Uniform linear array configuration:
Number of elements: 24
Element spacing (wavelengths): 1
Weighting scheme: uniform
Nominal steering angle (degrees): -60
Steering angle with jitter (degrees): -58.04
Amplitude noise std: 0.05
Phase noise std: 0.05

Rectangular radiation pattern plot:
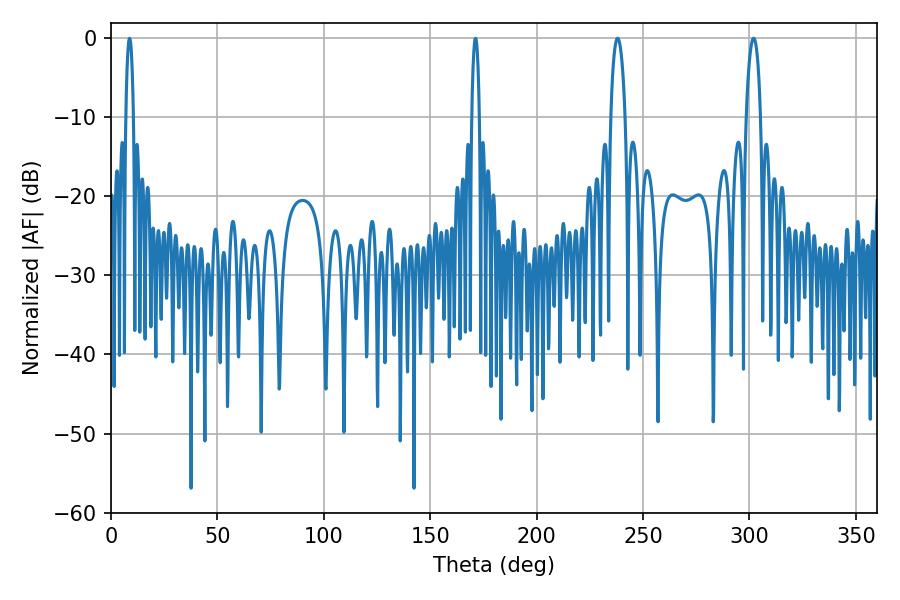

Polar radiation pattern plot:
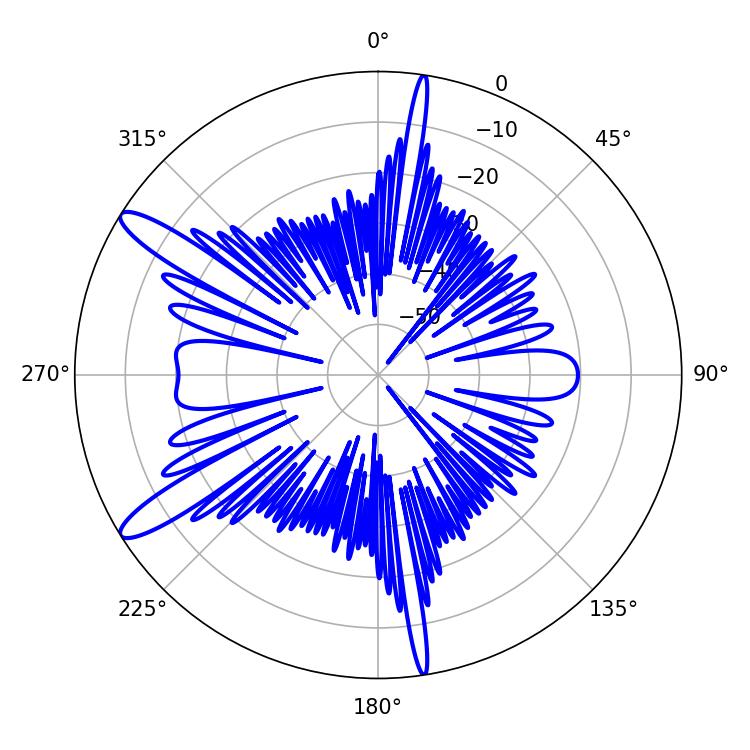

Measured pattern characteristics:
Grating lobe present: TRUE
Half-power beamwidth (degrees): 3.78
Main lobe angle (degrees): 237.96